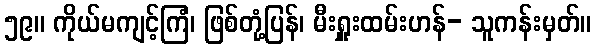
၅၉။ ကိုယ်မကျင့်ကြံ၊ ဖြစ်တုံ့ပြန်၊ မီးရှူးထမ်းဟန်- သူကန်းမှတ်။